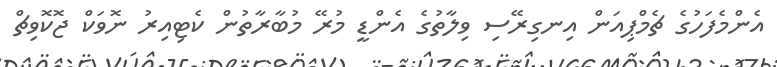
އެންމެފަހުގެ ޗެމްޕިއަން އިނގިރޭސި ވިލާތުގެ އެންޑީ މުރޭ މުބާރާތުން ކެޓިއިރު ނޮވަކް ޖޮކޮވިޗް